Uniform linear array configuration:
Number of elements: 8
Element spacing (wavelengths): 1
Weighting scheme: kaiser
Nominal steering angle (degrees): -15
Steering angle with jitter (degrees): -16.348
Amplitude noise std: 0.05
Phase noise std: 0.05

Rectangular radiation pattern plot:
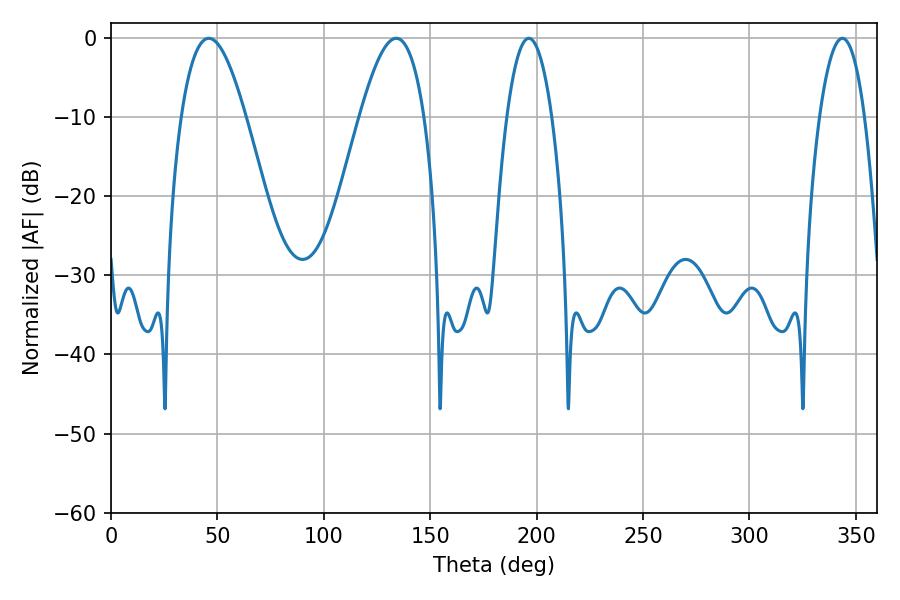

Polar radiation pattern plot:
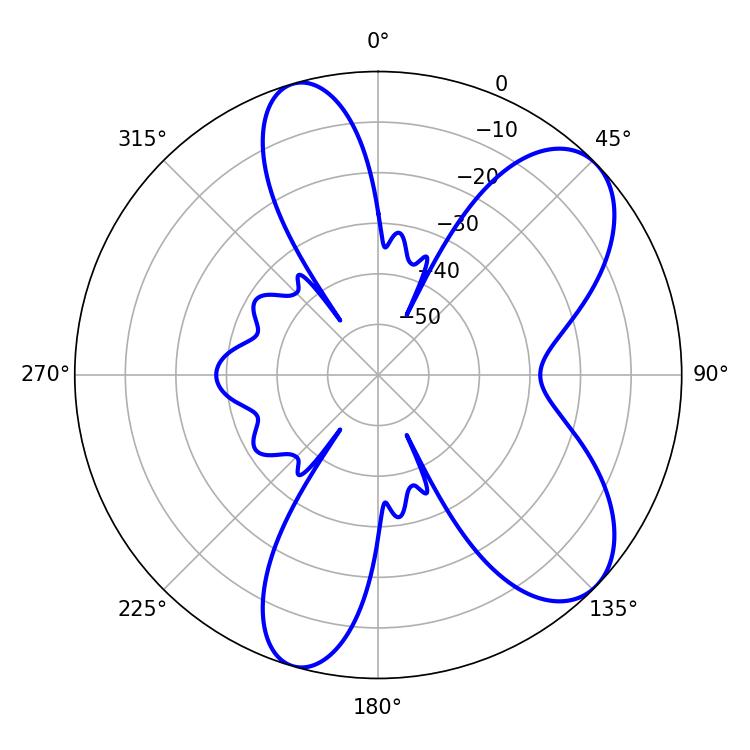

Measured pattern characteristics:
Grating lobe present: TRUE
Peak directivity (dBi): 7.796
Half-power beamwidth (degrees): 16.56
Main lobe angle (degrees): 45.9